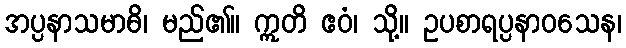
အပ္ပနာသမာဓိ၊ မည်၏။ ဣတိ ဧဝံ၊ သို့။ ဥပစာရပ္ပနာဝသေန၊